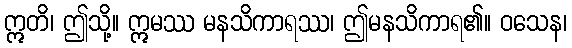
ဣတိ၊ ဤသို့။ ဣမဿ မနသိကာရဿ၊ ဤမနသိကာရ၏။ ဝသေန၊